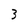
Character: 3